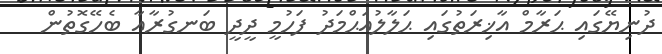
ދުނިޔޭގައި ޙަރާމް އާޚިރަތުގައި ޙަލާލުއަޙްމަދު ފަހުމީ ދީދީ ބަނގުރާއާ ބެހޭގޮތުން